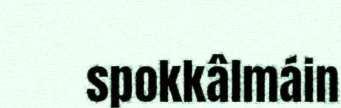
spokkâlmáin